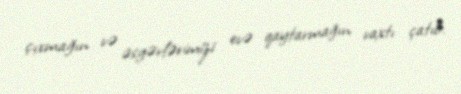
çıxmağın və əsgərlərimizi evə qaytarmağın vaxtı çatıb.